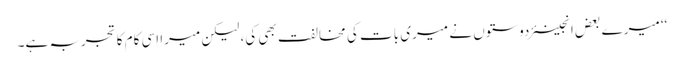
‘‘ میرے بعض انجینئر دوستوں نے میری بات کی مخالفت بھی کی، لیکن میرا اِسی کام کا تجربہ ہے۔